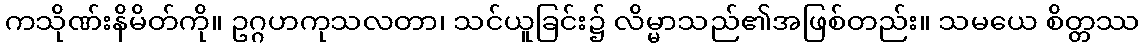
ကသိုဏ်းနိမိတ်ကို။ ဥဂ္ဂဟကုသလတာ၊ သင်ယူခြင်း၌ လိမ္မာသည်၏အဖြစ်တည်း။ သမယေ စိတ္တဿ